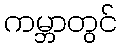
ကမ္ဘာတွင်